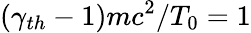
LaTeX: (\gamma_{th}-1)mc^{2}/T_{0}=1